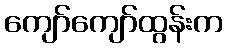
ကျော်ကျော်ထွန်းက